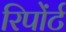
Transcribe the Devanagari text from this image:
रिपोंर्ट